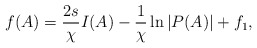
\begin{align*}f(A)=\frac{2s}{\chi}I(A)-\frac{1}{\chi}\ln{|P(A)|}+f_1 ,\end{align*}